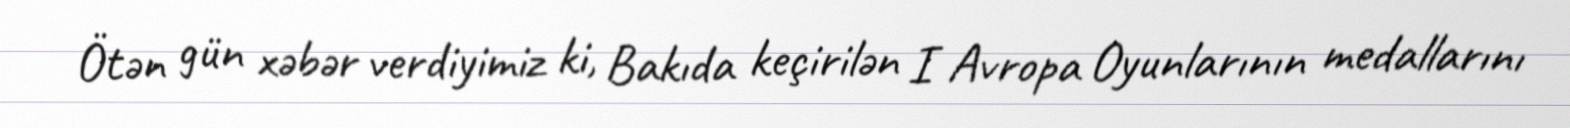
Ötən gün xəbər verdiyimiz ki, Bakıda keçirilən I Avropa Oyunlarının medallarını